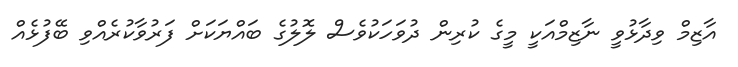
އާޒިމް ވިދާޅުވީ ނާޒިމްއަކީ މީގެ ކުރިން ދުވަހަކުވެސް ލޮލުގެ ބައްޔަކަށް ފަރުވާކުރެއްވި ބޭފުޅެއް